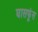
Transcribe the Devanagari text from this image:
घासफूंस